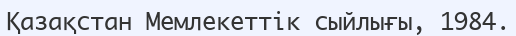
Қазақстан Мемлекеттік сыйлығы, 1984.